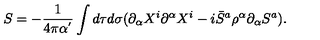
S = - \frac { 1 } { 4 \pi \alpha ^ { ' } } \int d \tau d \sigma ( \partial _ { \alpha } X ^ { i } \partial ^ { \alpha } X ^ { i } - i \bar { S } ^ { a } \rho ^ { \alpha } \partial _ { \alpha } S ^ { a } ) .